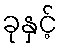
ခုနှင့်